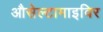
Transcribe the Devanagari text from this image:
औसेल्टामाइविर